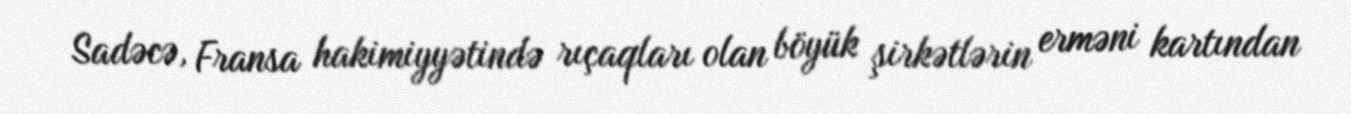
Sadəcə, Fransa hakimiyyətində rıçaqları olan böyük şirkətlərin erməni kartından